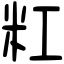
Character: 䉺